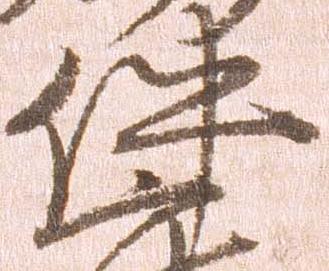
件